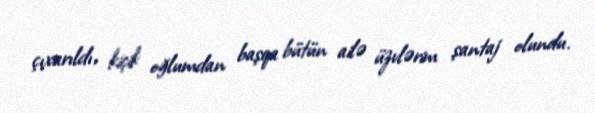
çıxarıldı, kiçik oğlumdan başqa bütün ailə üzvlərim şantaj olundu.